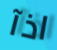
اذآ